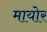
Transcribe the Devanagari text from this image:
मायोर